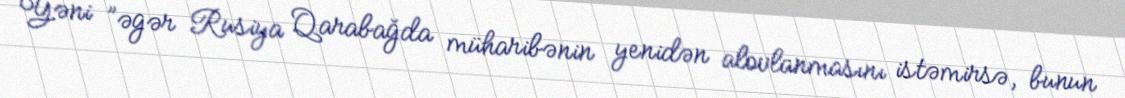
Yəni ”əgər Rusiya Qarabağda müharibənin yenidən alovlanmasını istəmirsə, bunun